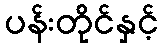
ပန်းတိုင်နှင့်